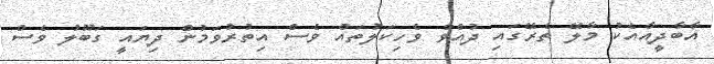
އާބާދީއާއެކު މާލޭ ތެރޭގައި ދުއްވާ ވެހިކަލުތައް ވެސް އިތުރުވަމުން ދިޔައީ ގަބޫލު ވެސް